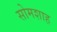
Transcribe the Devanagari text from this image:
सोमशाह